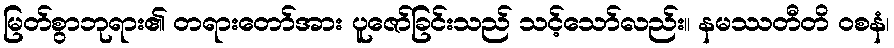
မြတ်စွာဘုရား၏ တရားတော်အား ပူဇော်ခြင်းသည် သင့်သော်လည်း။ နမဿတီတိ ဝစနံ၊